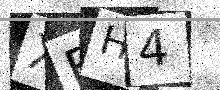
Text: XBH4